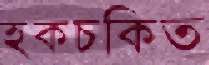
হকচকিত